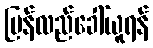
ပြန်လည်ခေါ်ယူရန်